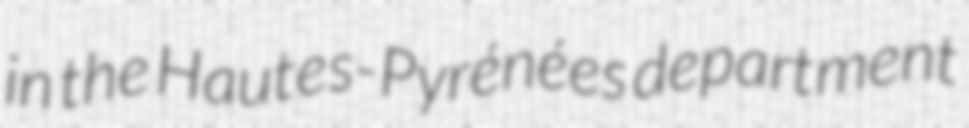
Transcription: in the Hautes-Pyrénées department